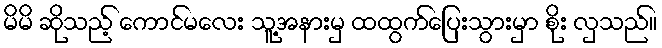
မိမိ ဆိုသည့် ကောင်မလေး သူ့အနားမှ ထထွက်ပြေးသွားမှာ စိုး လှသည်။